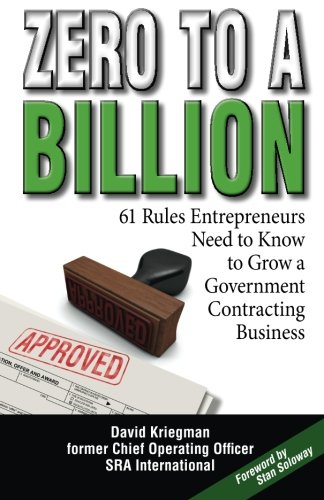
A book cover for Zero to a Billion: 61 Rules Entrepreneurs Need to Know to Grow a Government Contracting Business; David A Kriegman; Business & Money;